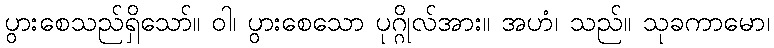
ပွားစေသည်ရှိသော်။ ဝါ၊ ပွားစေသော ပုဂ္ဂိုလ်အား။ အဟံ၊ သည်။ သုခကာမော၊